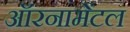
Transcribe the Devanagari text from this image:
ऑरनामेंटल